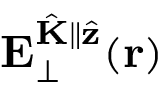
\mathbf { E } _ { \perp } ^ { \hat { \mathbf { K } } \parallel \hat { \mathbf { z } } } ( \mathbf { r } )